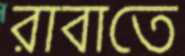
রাবাতে